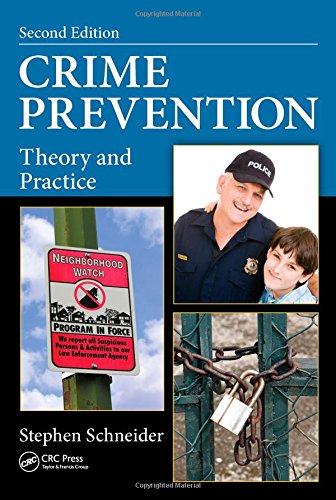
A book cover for Crime Prevention: Theory and Practice, Second Edition; Stephen Schneider; Law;